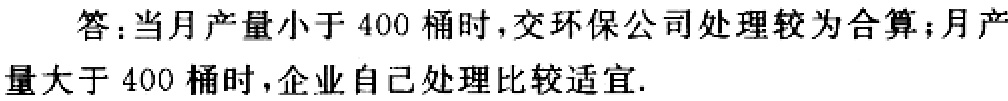
答：当月产量小于 \(400\) 桶时，交环保公司处理较为合算；月产量大于 \(400\) 桶时，企业自己处理比较适宜.